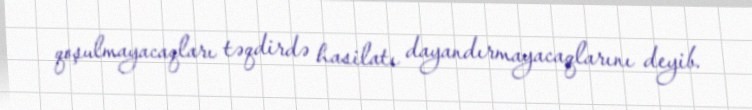
qoşulmayacaqları təqdirdə hasilatı dayandırmayacaqlarını deyib.